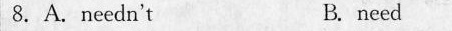
8. A neednt B.need